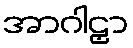
အာဂါဠှာ